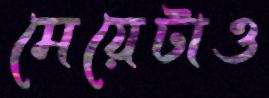
মেয়েটাও